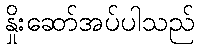
နှိုးဆော်အပ်ပါသည်